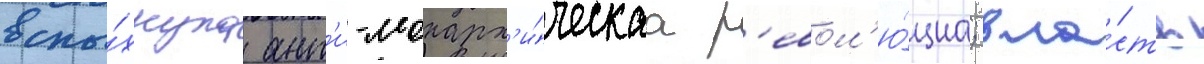
вспы́хнула ант'и-монарх'и́ческаа р'евол'ю́циа; вла́сть